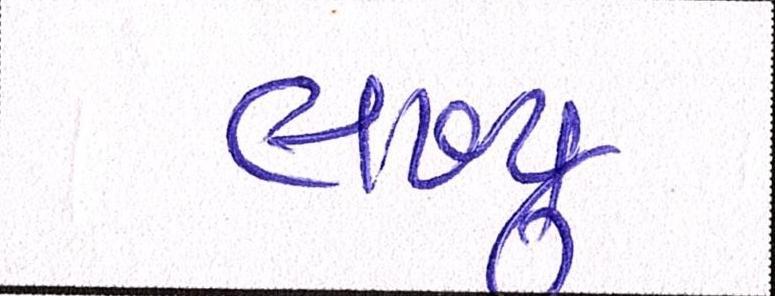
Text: લખ્યુ